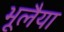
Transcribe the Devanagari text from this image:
भूलैया